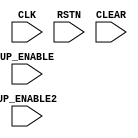
module TOP(CLK, RSTN, UP_ENABLE, UP_ENABLE2, CLEAR);
  input CLK,RSTN,UP_ENABLE,UP_ENABLE2,CLEAR;

  reg [2:0] up_cnt;
  wire is_cnt_four = up_cnt == 4;

  always @(posedge CLK or negedge RSTN) begin
    if(!RSTN) begin
      up_cnt <= 0;
    end else if(up_cnt >= 3'd5) begin
      up_cnt <= 0;
    end else if(CLEAR) begin
      up_cnt <= 0;
    end else if(UP_ENABLE) begin
      up_cnt <= up_cnt + 3'd1;
    end else if(UP_ENABLE2) begin
      up_cnt <= up_cnt + 3'd1;
    end else begin
      up_cnt <= up_cnt;
    end
  end

  reg [2:0] up_cnt2;
  always @(posedge CLK or negedge RSTN) begin
    if(!RSTN) begin
      up_cnt2 <= 0;
    end else if(up_cnt2 != 3'd5 && up_cnt == 3'd5) begin
      up_cnt2 <= up_cnt2 + 3'd1;
    end else begin
      up_cnt2 <= 0;
    end
  end

  reg [2:0] down_cnt;
  always @(posedge CLK or negedge RSTN) begin
    if(!RSTN) begin
      down_cnt <= 0;
    end else if(down_cnt != 3'd0) begin
      down_cnt <= down_cnt - 3'd1;
    end else begin
      down_cnt <= 3'd5;
    end
  end

  reg now;
  always @(posedge CLK or negedge RSTN) begin
    if(!RSTN) begin
      now <= 0;
    end else if(up_cnt == 3'd4) begin
      now <= 0;
    end else if(up_cnt == 3'd2) begin
      now <= 1;
    end else if((up_cnt == 2) && (up_cnt2 == 2)) begin
      now <= 1;
    end
  end

endmodule